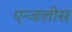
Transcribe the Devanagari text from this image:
एन्जलीस